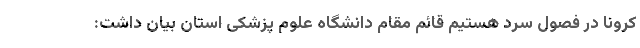
کرونا در فصول سر‌د هستیم قائم مقام دانشگاه علوم پزشکی استان بیان داشت: